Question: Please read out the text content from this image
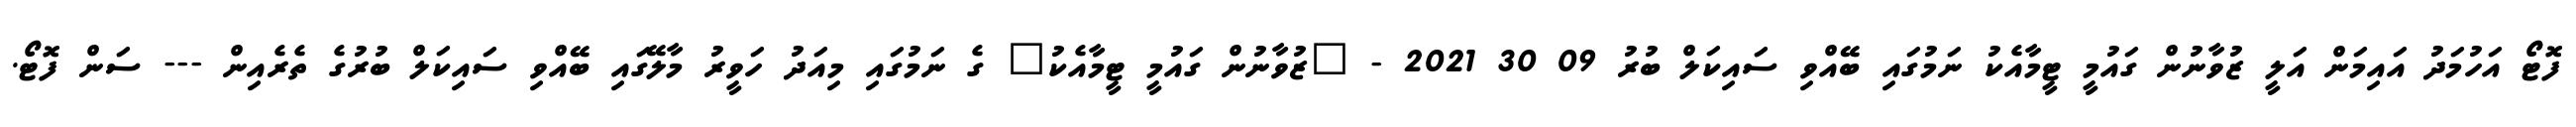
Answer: ފޮޓޯ އަހުމަދު އައިމަން އަލީ ޒުވާނުން ގައުމީ ޓީމާއެކު ނަމުގައި ބޭއްވި ސައިކަލް ބުރު 09 30 2021 - "ޒުވާނުން ގައުމީ ޓީމާއެކު" ގެ ނަމުގައި މިއަދު ހަވީރު މާލޭގައި ބޭއްވި ސައިކަލް ބުރުގެ ތެރެއިން --- ސަން ފޮޓޯ.